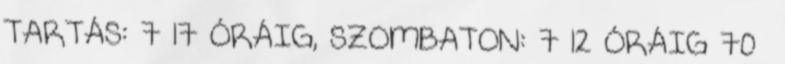
TARTÁS: 7 17 ÓRÁIG, SZOMBATON: 7 12 ÓRÁIG 70